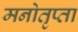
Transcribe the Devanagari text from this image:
मनोतृप्ता